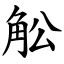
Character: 䚗